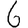
Digit: 6